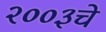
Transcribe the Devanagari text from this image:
२००३चे